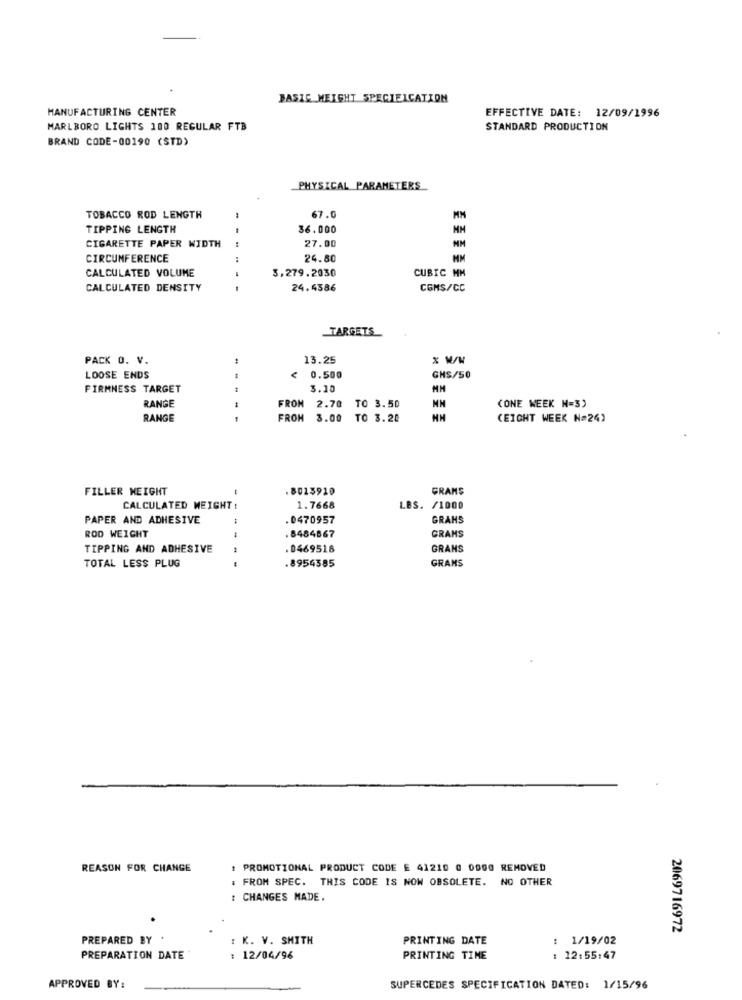
BASIC MEIGHT SPECIEICATION
MANUFACTURING CENTER
EFFECTIVE DATE: 12/09/1996
MARLBORO LIGHTS 100 REGULAR FTB
STANDARD PRODUCTION
BRAND CODE-00190 (STD)
PHYSICAL PARAMETERS
TOBACCO ROD LENGTH
67.0
TIPPING LENGTH
36.000
NM
CIGARETTE PAPER WIDTH
27.00
NM
CIRCUMFERENCE
24.80
CALCULATED VOLUME
3.279.2030
CUBIC MM
CALCULATED DENSITY
24.4386
COMS/CC
TARGETS
PACK O. V.
13.25
x Ww
LOOSE ENDS
0.500
GHS/50
FIRMNESS TARGET
3.10
FROM
RANGE
2.70 TO 3.50
(ONE WEEK N=3)
RANGE
--
FROM
3.00 TO 3.20
HH
(EIGHT WEEK N=24)
FILLER HEIGHT
.8013910
GRAMS
CALCULATED WEIGHT :
1.7668
LBS. /1000
PAPER AND ADHESIVE
.0470957
GRANS
ROD WEIGHT
.8484867
GRAMS
TIPPING AND ADHESIVE
.0469518
GRANS
TOTAL LESS PLUG
GRANS
.8954385
REASON FOR CHANGE
: PROMOTIONAL PRODUCT CODE E 41210 0 0900 REMOVED
. FROM SPEC. THIS CODE IS NOW OBSOLETE. NO OTHER
: CHANGES MADE.
2069716972
PREPARED BY
: K. V. SMITH
PRINTING DATE
: 1/19/02
PREPARATION DATE
: 12/04/96
PRINTING TIME
12:55:47
APPROVED BY:
SUPERCEDES SPECIFICATION DATED: 1/15/96